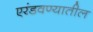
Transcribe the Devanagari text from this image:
एरंडवण्यातील